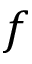
f